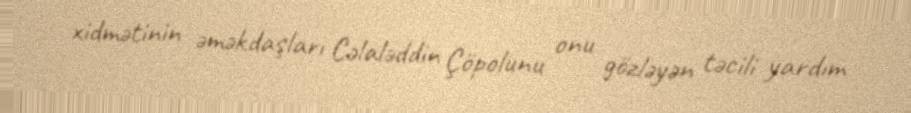
xidmətinin əməkdaşları Cəlaləddin Çöpolunu onu gözləyən təcili yardım